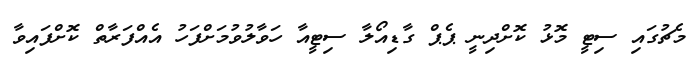
މެޗުގައި ސިޓީ މޮޅު ކޮށްދިނީ ޕެޕް ގާޑިއޯލާ ސިޓީއާ ހަވާލުވުމަށްފަހު އެއްފަރާތް ކޮށްފައިވާ